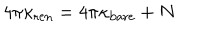
LaTeX: 4 \pi \kappa _ { \mathrm { r e n } } = 4 \pi \kappa _ { \mathrm { b a r e } } + N